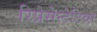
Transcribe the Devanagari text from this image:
रिप्रेसेन्टेटिव्स